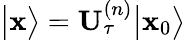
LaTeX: \big\vert\mathbf{x}\big\rangle=\mathbf{U}_{\tau}^{\left(n\right)}\big\vert\mathbf{x}_{0}\big\rangle